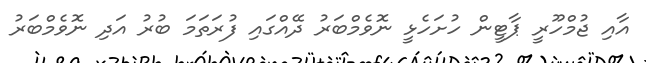
އާއި ޖުމްހޫރީ ޕާޓީން ހުށަހެޅީ ނޮވެމްބަރު ދޭއްގައި ފުރަތަމަ ބުރު އަދި ނޮވެމްބަރު